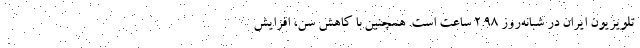
تلویزیون ایران در شبانه‌روز ۲.۹۸ ساعت است. همچنین با کاهش سن، افزایش